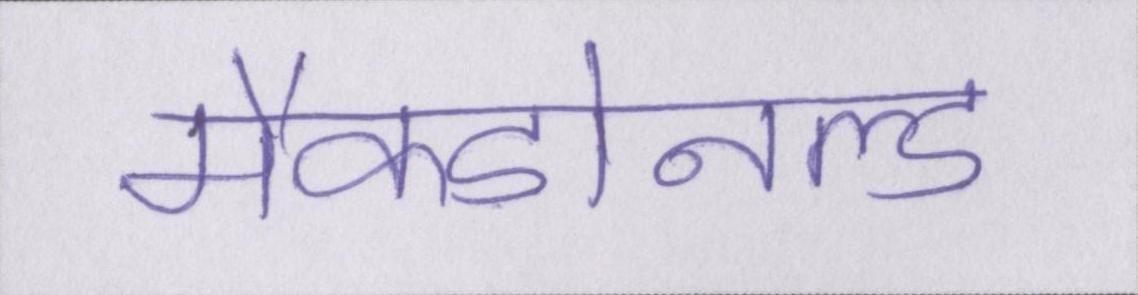
मैकडोनल्ड